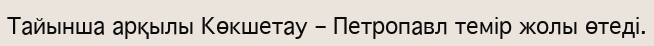
Тайынша арқылы Көкшетау – Петропавл темір жолы өтеді.